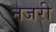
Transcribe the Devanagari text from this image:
नजरी